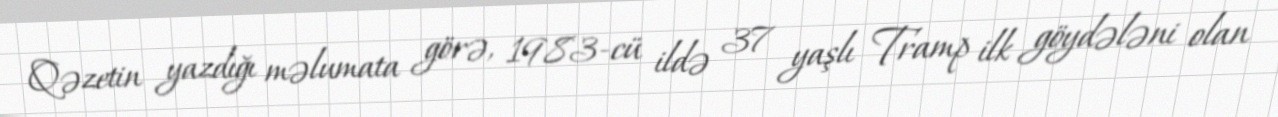
Qəzetin yazdığı məlumata görə, 1983-cü ildə 37 yaşlı Tramp ilk göydələni olan